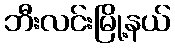
ဘီးလင်းမြို့နယ်